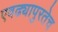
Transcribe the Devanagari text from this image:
एवढ्यापुरतेच